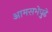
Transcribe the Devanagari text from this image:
आमसभेपुढे